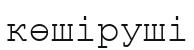
көшіруші